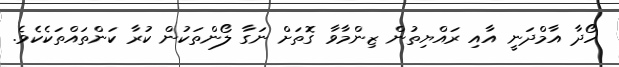
ހޯދާ އާމްދަނީ އާއި ރައްޔިތުން ޒިންމާވާ ގޮތަށް ނަގާ ލޯންތަކުން ކުރާ ކަންތައްތަކެކެވެ.